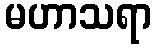
မဟာသရာ